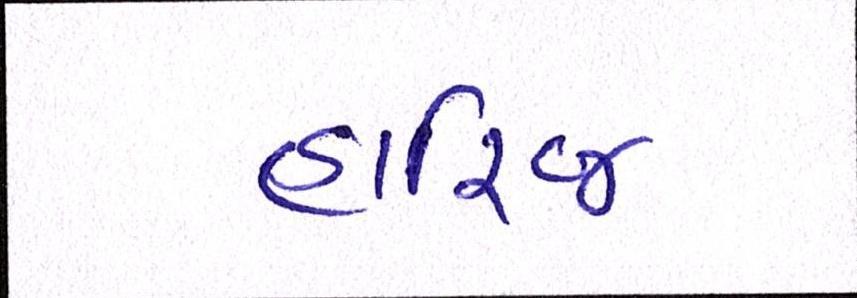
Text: હારિજ